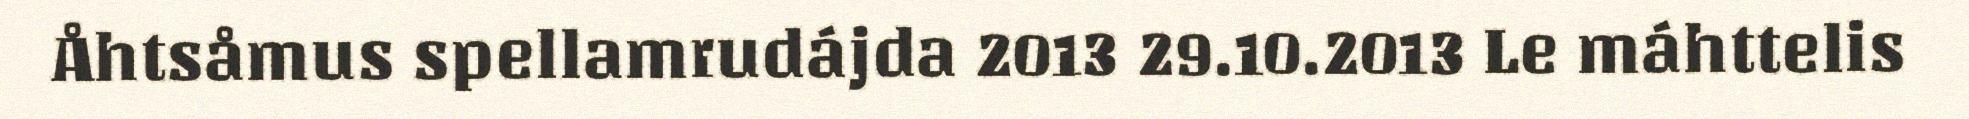
Åhtsåmus spellamrudájda 2013 29.10.2013 Le máhttelis